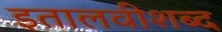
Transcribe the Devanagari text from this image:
इतालवीशब्द